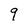
Character: 9